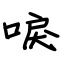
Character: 唳